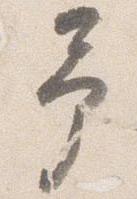
予